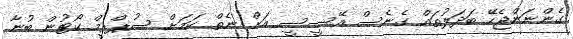
ގެންނަންޖެހޭ ބަދަލުތައް ގެނެސް އޭސީސީ އަށް ނެތް ކަމަށް ސުޕްރީމް ކޯޓުން ބުނާ